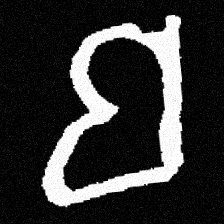
Pyu character \u2014 Myanmar letter: ဗ (romanized: ba)